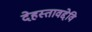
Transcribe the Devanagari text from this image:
देहस्तावद्देवि